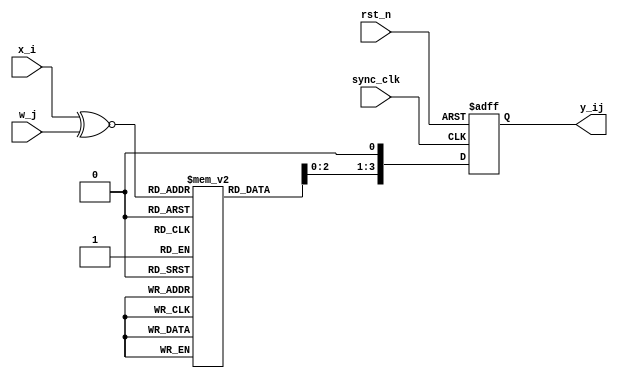
//`timescale 1ns / 1ps
//////////////////////////////////////////////////////////////////////////////////
// Company: Hunan Normal Univeristy
// Engineer: 
// 
// Design Name: 
// Module Name:    dotproduct 
// Project Name: 
// Target Devices: 
// Tool versions: 
// Description: 
//
// Dependencies: 
//
// Revision: 
// Revision 0.01 - File Created
// Additional Comments: 
//
//////////////////////////////////////////////////////////////////////////////////
module dotproduct(
	//
    input sync_clk,
	input rst_n,
    input [5:0] x_i,
    input [5:0] w_j,
    output reg[3:0] y_ij
    );

wire [5:0] multip;
assign multip = x_i ^~ w_j;
reg [3:0] look_up [63:0];

always @(posedge sync_clk or negedge rst_n) begin
	if(!rst_n) begin
		y_ij <= 4'b0000;
	end
	else begin
		y_ij <= {look_up[multip],1'b0};
	end
end

initial begin
	look_up[0] = 3'b111; //6'b000000
	look_up[1] = 3'b110; //6'b000001
	look_up[2] = 3'b110; //6'b000010
	look_up[3] = 3'b101; //6'b000011
	look_up[4] = 3'b110; //6'b000100
	look_up[5] = 3'b101; //6'b000101
	look_up[6] = 3'b101; //6'b000110
	look_up[7] = 3'b000; //6'b000111
	look_up[8] = 3'b110; //6'b001000
	look_up[9] = 3'b101; //6'b001001
	look_up[10] = 3'b101; //6'b001010
	look_up[11] = 3'b000; //6'b001011
	look_up[12] = 3'b101; //6'b001100
	look_up[13] = 3'b000; //6'b001101
	look_up[14] = 3'b000; //6'b001110
	look_up[15] = 3'b001; //6'b001111
	look_up[16] = 3'b110; //6'b010000
	look_up[17] = 3'b101; //6'b010001
	look_up[18] = 3'b101; //6'b010010
	look_up[19] = 3'b000; //6'b010011
	look_up[20] = 3'b101; //6'b010100
	look_up[21] = 3'b000; //6'b010101
	look_up[22] = 3'b000; //6'b010110
	look_up[23] = 3'b001; //6'b010111
	look_up[24] = 3'b101; //6'b011000
	look_up[25] = 3'b000; //6'b011001
	look_up[26] = 3'b000; //6'b011010
	look_up[27] = 3'b001; //6'b011011
	look_up[28] = 3'b000; //6'b011100
	look_up[29] = 3'b001; //6'b011101
	look_up[30] = 3'b001; //6'b011110
	look_up[31] = 3'b010; //6'b011111
	look_up[32] = 3'b110; //6'b100000
	look_up[33] = 3'b101; //6'b100001
	look_up[34] = 3'b101; //6'b100010
	look_up[35] = 3'b000; //6'b100011
	look_up[36] = 3'b101; //6'b100100
	look_up[37] = 3'b000; //6'b100101
	look_up[38] = 3'b000; //6'b100110
	look_up[39] = 3'b001; //6'b100111
	look_up[40] = 3'b101; //6'b101000
	look_up[41] = 3'b000; //6'b101001
	look_up[42] = 3'b000; //6'b101010
	look_up[43] = 3'b001; //6'b101011
	look_up[44] = 3'b000; //6'b101100
	look_up[45] = 3'b001; //6'b101101
	look_up[46] = 3'b001; //6'b101110
	look_up[47] = 3'b010; //6'b101111
	look_up[48] = 3'b101; //6'b110000
	look_up[49] = 3'b000; //6'b110001
	look_up[50] = 3'b000; //6'b110010
	look_up[51] = 3'b001; //6'b110011
	look_up[52] = 3'b000; //6'b110100
	look_up[53] = 3'b001; //6'b110101
	look_up[54] = 3'b001; //6'b110110
	look_up[55] = 3'b010; //6'b110111
	look_up[56] = 3'b000; //6'b111000
	look_up[57] = 3'b001; //6'b111001
	look_up[58] = 3'b001; //6'b111010
	look_up[59] = 3'b010; //6'b111011
	look_up[60] = 3'b001; //6'b111100
	look_up[61] = 3'b010; //6'b111101
	look_up[62] = 3'b010; //6'b111110
	look_up[63] = 3'b011; //6'b111111
end
endmodule